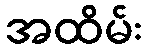
အထိမ်း